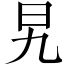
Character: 旯